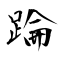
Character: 踚